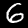
Label: 6